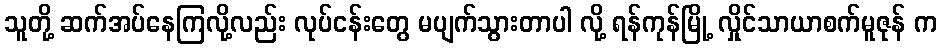
သူတို့ ဆက်အပ်နေကြလို့လည်း လုပ်ငန်းတွေ မပျက်သွားတာပါ လို့ ရန်ကုန်မြို့ လှိုင်သာယာစက်မူဇုန် က